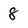
Character: 8